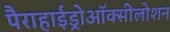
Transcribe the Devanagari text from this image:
पैराहाईड्रोऑक्सीलोशन